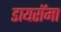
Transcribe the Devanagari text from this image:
डायरॉमा